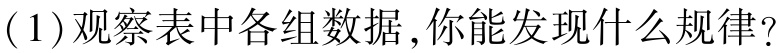
(1)观察表中各组数据,你能发现什么规律?